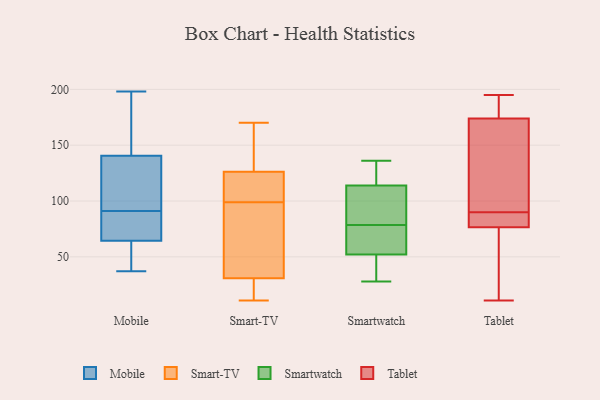
{"axis": {"x": "Budget (USD K)", "y": "Value"}, "legend": ["Mobile", "Smart-TV", "Smartwatch", "Tablet"], "data": [{"x": "", "y": 130, "type": "Mobile"}, {"x": "", "y": 73, "type": "Mobile"}, {"x": "", "y": 69, "type": "Mobile"}, {"x": "", "y": 37, "type": "Mobile"}, {"x": "", "y": 198, "type": "Mobile"}, {"x": "", "y": 75, "type": "Mobile"}, {"x": "", "y": 177, "type": "Mobile"}, {"x": "", "y": 164, "type": "Mobile"}, {"x": "", "y": 104, "type": "Mobile"}, {"x": "", "y": 40, "type": "Mobile"}, {"x": "", "y": 144, "type": "Mobile"}, {"x": "", "y": 130, "type": "Mobile"}, {"x": "", "y": 91, "type": "Mobile"}, {"x": "", "y": 46, "type": "Mobile"}, {"x": "", "y": 63, "type": "Mobile"}, {"x": "", "y": 48, "type": "Smart-TV"}, {"x": "", "y": 76, "type": "Smart-TV"}, {"x": "", "y": 106, "type": "Smart-TV"}, {"x": "", "y": 127, "type": "Smart-TV"}, {"x": "", "y": 11, "type": "Smart-TV"}, {"x": "", "y": 124, "type": "Smart-TV"}, {"x": "", "y": 142, "type": "Smart-TV"}, {"x": "", "y": 113, "type": "Smart-TV"}, {"x": "", "y": 128, "type": "Smart-TV"}, {"x": "", "y": 78, "type": "Smart-TV"}, {"x": "", "y": 25, "type": "Smart-TV"}, {"x": "", "y": 170, "type": "Smart-TV"}, {"x": "", "y": 25, "type": "Smart-TV"}, {"x": "", "y": 99, "type": "Smart-TV"}, {"x": "", "y": 16, "type": "Smart-TV"}, {"x": "", "y": 79, "type": "Smartwatch"}, {"x": "", "y": 52, "type": "Smartwatch"}, {"x": "", "y": 78, "type": "Smartwatch"}, {"x": "", "y": 44, "type": "Smartwatch"}, {"x": "", "y": 68, "type": "Smartwatch"}, {"x": "", "y": 119, "type": "Smartwatch"}, {"x": "", "y": 52, "type": "Smartwatch"}, {"x": "", "y": 119, "type": "Smartwatch"}, {"x": "", "y": 104, "type": "Smartwatch"}, {"x": "", "y": 100, "type": "Smartwatch"}, {"x": "", "y": 136, "type": "Smartwatch"}, {"x": "", "y": 114, "type": "Smartwatch"}, {"x": "", "y": 28, "type": "Smartwatch"}, {"x": "", "y": 76, "type": "Smartwatch"}, {"x": "", "y": 96, "type": "Tablet"}, {"x": "", "y": 75, "type": "Tablet"}, {"x": "", "y": 90, "type": "Tablet"}, {"x": "", "y": 77, "type": "Tablet"}, {"x": "", "y": 189, "type": "Tablet"}, {"x": "", "y": 62, "type": "Tablet"}, {"x": "", "y": 148, "type": "Tablet"}, {"x": "", "y": 173, "type": "Tablet"}, {"x": "", "y": 11, "type": "Tablet"}, {"x": "", "y": 88, "type": "Tablet"}, {"x": "", "y": 177, "type": "Tablet"}, {"x": "", "y": 79, "type": "Tablet"}, {"x": "", "y": 195, "type": "Tablet"}]}